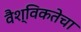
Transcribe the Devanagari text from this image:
वैश्विकतेचा